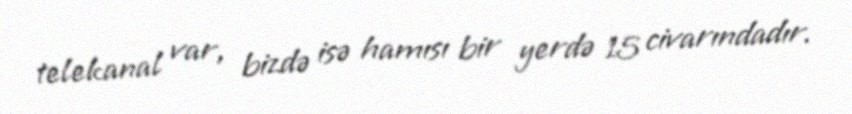
telekanal var, bizdə isə hamısı bir yerdə 15 civarındadır.